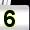
Digit: 5